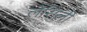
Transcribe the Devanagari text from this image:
लेसिली